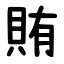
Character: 賄